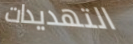
التهديدات